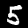
Digit: 5